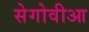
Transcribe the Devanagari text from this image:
सेगोवीआ